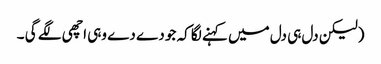
(لیکن دل ہی دل میں کہنے لگا کہ جو دے دے وہی اچھی لگے گی ۔